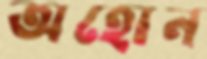
অহোন